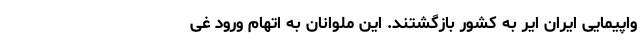
واپیمایی ایران ایر به کشور بازگشتند. این ملوانان به اتهام ورود غی